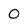
Character: 0